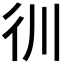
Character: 𰐬